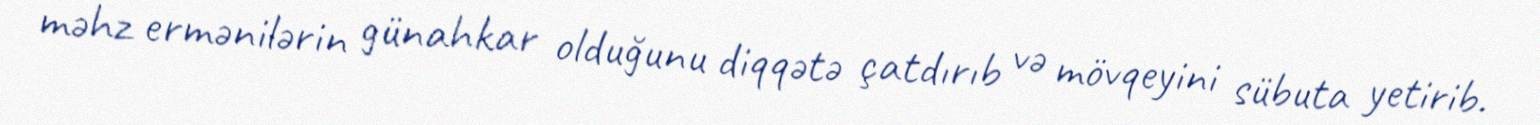
məhz ermənilərin günahkar olduğunu diqqətə çatdırıb və mövqeyini sübuta yetirib.